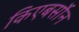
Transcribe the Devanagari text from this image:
किएबर्सोन